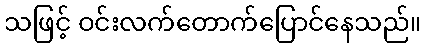
သဖြင့် ဝင်းလက်တောက်ပြောင်နေသည်။